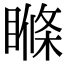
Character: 𥉉